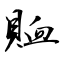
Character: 賉